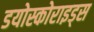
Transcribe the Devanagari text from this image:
डयोस्कोराइड्स